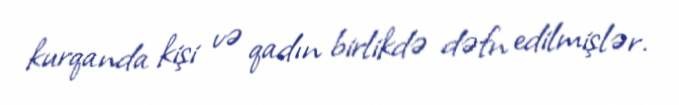
kurqanda kişi və qadın birlikdə dəfn edilmişlər.